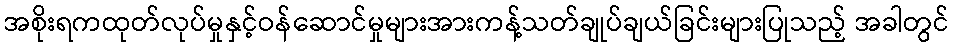
အစိုးရကထုတ်လုပ်မှုနှင့်ဝန်ဆောင်မှုများအားကန့်သတ်ချုပ်ချယ်ခြင်းများပြုသည့် အခါတွင်